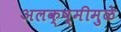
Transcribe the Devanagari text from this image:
अलक्ष्मीमुळे